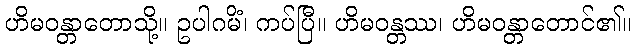
ဟိမဝန္တာတောသို့။ ဥပါဂမိံ၊ ကပ်ပြီ။ ဟိမဝန္တဿ၊ ဟိမဝန္တာတောင်၏။